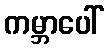
ကမ္ဘာပေါ်